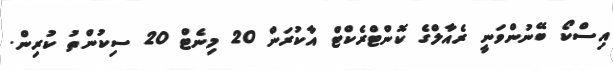
އިސްކޯ ބޭނުންވަނީ ރެއާލްގެ ކޮންޓްރެކްޓް އާކުރަން 20 މިނެޓް 20 ސިކުންތު ކުރިން.